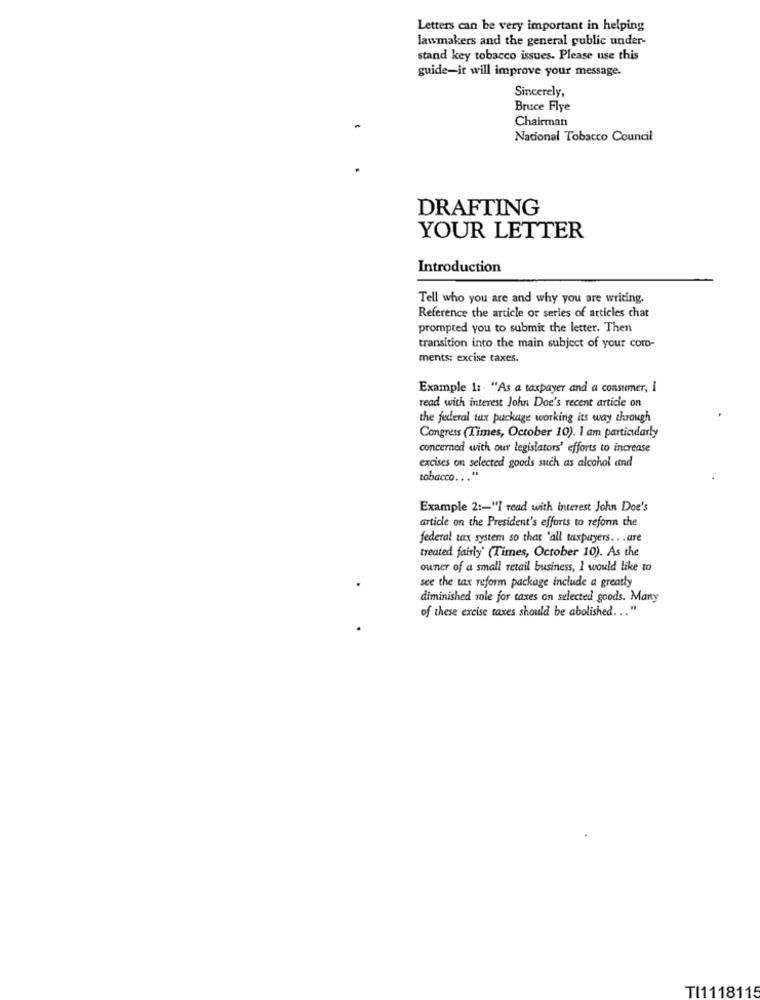
Letters can be very important in helping
lawmakers and the general public under-
stand key tobacco issues. Please use this
guide-it will improve your message.
Sincerely,
Bruce Flye
Chairman
Nacional Tobacco Council
DRAFTING
YOUR LETTER
Introduction
Tell who you are and why you are writing.
Reference the article or series of articles chat
prompted you to submit the letter. Then
transition into the main subject of your com-
ments: excise taxes.
Example 1: - "As a taxpayer and a consumer, i
read with interest John Doe's recent article on
the federal tax package working its way through
Congress (Times, October 10). I am particularly
concerned with our legislators' efforts to increase
excises on selected goods such as alcohol and
tobacco ... "
Example 2 :- "I read with interest John Doe's
article on the President's efforts to reform the
federal tax system so that 'all taxpayers .. . are
treated fairly' (Times, October 10). As the
ouner of a small retail business, I would like to
see the tax reform package include a greatly
diminished role for taxes on selected goods. Many
of these excise taxes should be abolished ... "
TI1118115